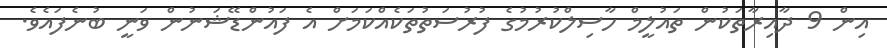
އިން 9 ދާއިރާތަކުން ތައުލީމް ހާސިލްކުރުމުގެ ފުރުސަތުތަކެއްކަމަށް އެ ފައުންޑޭޝަނުން ވަނީ ބުނެފައެވެ.